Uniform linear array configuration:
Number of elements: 4
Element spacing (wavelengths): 0.75
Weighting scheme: exponential
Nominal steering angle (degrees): -15
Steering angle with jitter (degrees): -15.554
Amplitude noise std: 0.05
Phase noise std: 0.05

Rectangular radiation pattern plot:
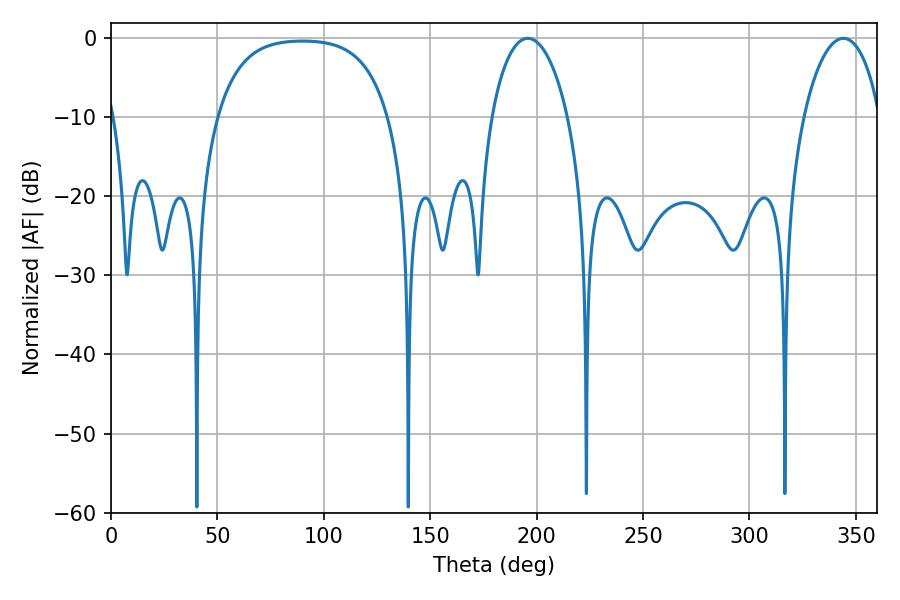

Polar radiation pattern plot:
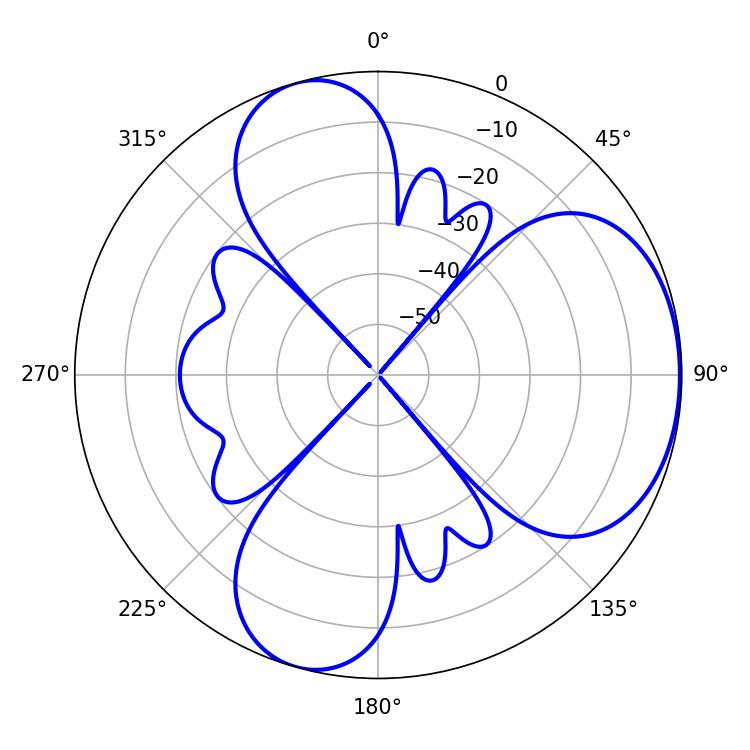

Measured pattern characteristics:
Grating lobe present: TRUE
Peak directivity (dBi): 4.97
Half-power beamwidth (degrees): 20.52
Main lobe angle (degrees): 195.84